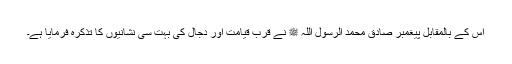
اس کے بالمقابل پیغمبرِ صادق محمد الرسول اللہ ﷺ نے قربِ قیامت اور دجال کی بہت سی نشانیوں کا تذکرہ فرمایا ہے۔